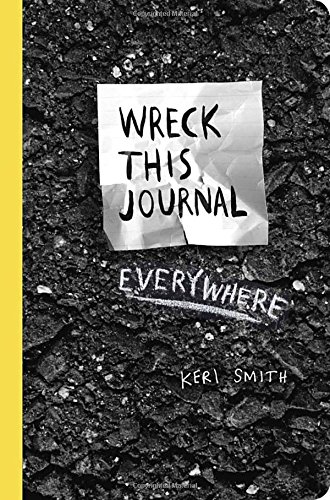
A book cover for Wreck This Journal Everywhere; Keri Smith; Crafts, Hobbies & Home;